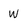
Character: W